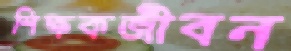
শিক্ষকজীবন